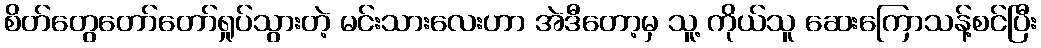
စိတ်တွေတော်တော်ရှုပ်သွားတဲ့ မင်းသားလေးဟာ အဲဒီတော့မှ သူ့ ကိုယ်သူ ဆေးကြောသန့်စင်ပြီး